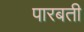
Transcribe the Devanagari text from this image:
पारबती